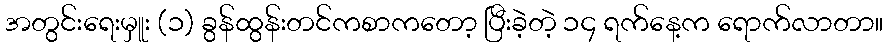
အတွင်းရေးမှူး (၁) ခွန်ထွန်းတင်ကစာကတော့ ပြီးခဲ့တဲ့ ၁၄ ရက်နေ့က ရောက်လာတာ။